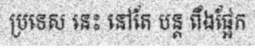
ប្រទេស នេះ នៅតែ បន្ត ពឹងផ្អែក